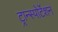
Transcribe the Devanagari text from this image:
ट्रान्स्पोर्टेशन